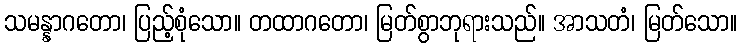
သမန္နာဂတော၊ ပြည့်စုံသော။ တထာဂတော၊ မြတ်စွာဘုရားသည်။ အာသတံ၊ မြတ်သော။